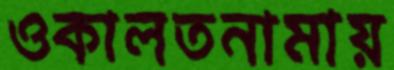
ওকালতনামায়